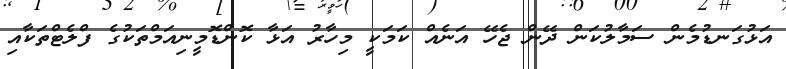
އަޅުގަނޑުމެން ސަމާލުކަން ދޭން ޖެހޭ އަނެއް ކަމަކީ މިހާރު އަޅާ ކޮންޑޮމީނިއަމްތަކުގެ ފްލެޓްތަކާއި